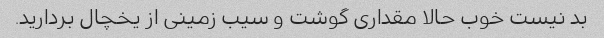
بد نیست خوب حالا مقداری گوشت و سیب زمینی از یخچال بردارید.